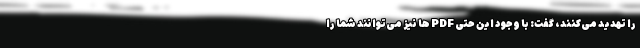
را تهدید می‌کنند، گفت: با وجود این حتی PDF ها نیز می‌توانند شما را